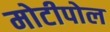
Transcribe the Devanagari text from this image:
मोटीपोल